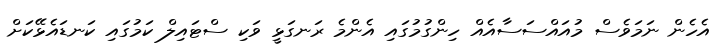
އެހެން ނަމަވެސް މުއައްސަސާއެއް ހިންގުމުގައި އެންމެ ރަނގަޅީ ވަކި ސްޓައިލް ކަމުގައި ކަނޑައެޅޭކަށް